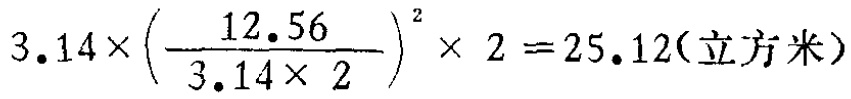
\(3.14\times\left(\dfrac{12.56}{3.14\times 2}\right)^{2}\times 2 = 25.12(\text{立方米})\)